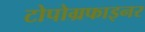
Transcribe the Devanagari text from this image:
टोपोग्रफाइनर